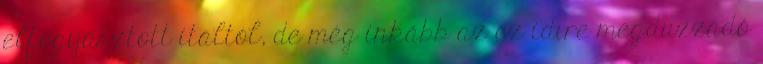
elfogyasztott italtól, de még inkább az ez idıre megduzzadó